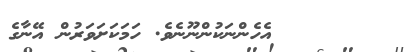
١٥       އެހެންނަކުންނޫނެވެ. ހަމަކަށަވަރުން އޭނާގެ